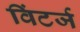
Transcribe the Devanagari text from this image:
विंटर्ज